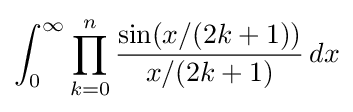
{\begin{aligned}\int _{0}^{\infty }\prod _{k=0}^{n}{\frac {\sin(x/(2k+1))}{x/(2k+1)}}\,dx\end{aligned}}